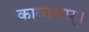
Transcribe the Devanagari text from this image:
काव्यकार्।